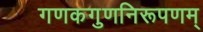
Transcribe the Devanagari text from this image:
गणकगुणनिरूपणम्